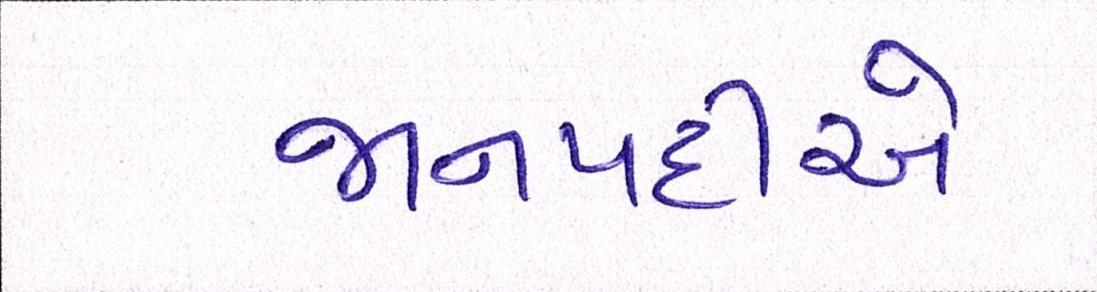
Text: જાનપદીએ